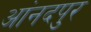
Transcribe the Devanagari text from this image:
आंनदपुर